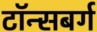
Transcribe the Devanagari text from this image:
टॉन्सबर्ग